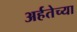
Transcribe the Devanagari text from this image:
अर्हतेच्या